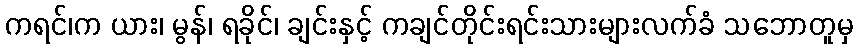
ကရင်၊က ယား၊ မွန်၊ ရခိုင်၊ ချင်းနှင့် ကချင်တိုင်းရင်းသားများလက်ခံ သဘောတူမှ